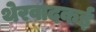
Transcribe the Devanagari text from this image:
थेरवादकई